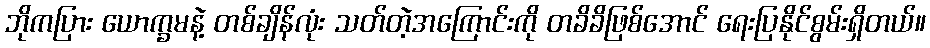
ဘိုကပြား ယောက္ခမနဲ့ တစ်ချိန်လုံး သတ်တဲ့အကြောင်းကို တခိခိဖြစ်အောင် ရေးပြနိုင်စွမ်းရှိတယ်။